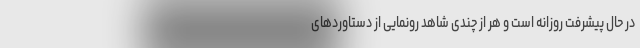
در حال پیشرفت روزانه است و هر از چندی شاهد رونمایی از دستاورد‌های